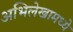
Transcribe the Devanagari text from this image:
अभिलेखामध्ये